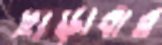
ছাড়াবার